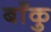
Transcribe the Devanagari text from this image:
बाँकु